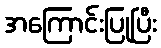
အကြောင်းပြုပြီး